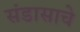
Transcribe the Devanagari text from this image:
संडासाचे